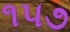
૧૫૭